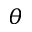
\theta